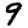
Digit: 9